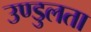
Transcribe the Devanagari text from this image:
उण्डुलता